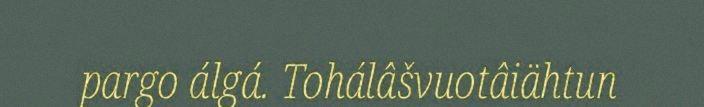
pargo álgá. Tohálâšvuotâiähtun